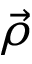
\vec { \rho }